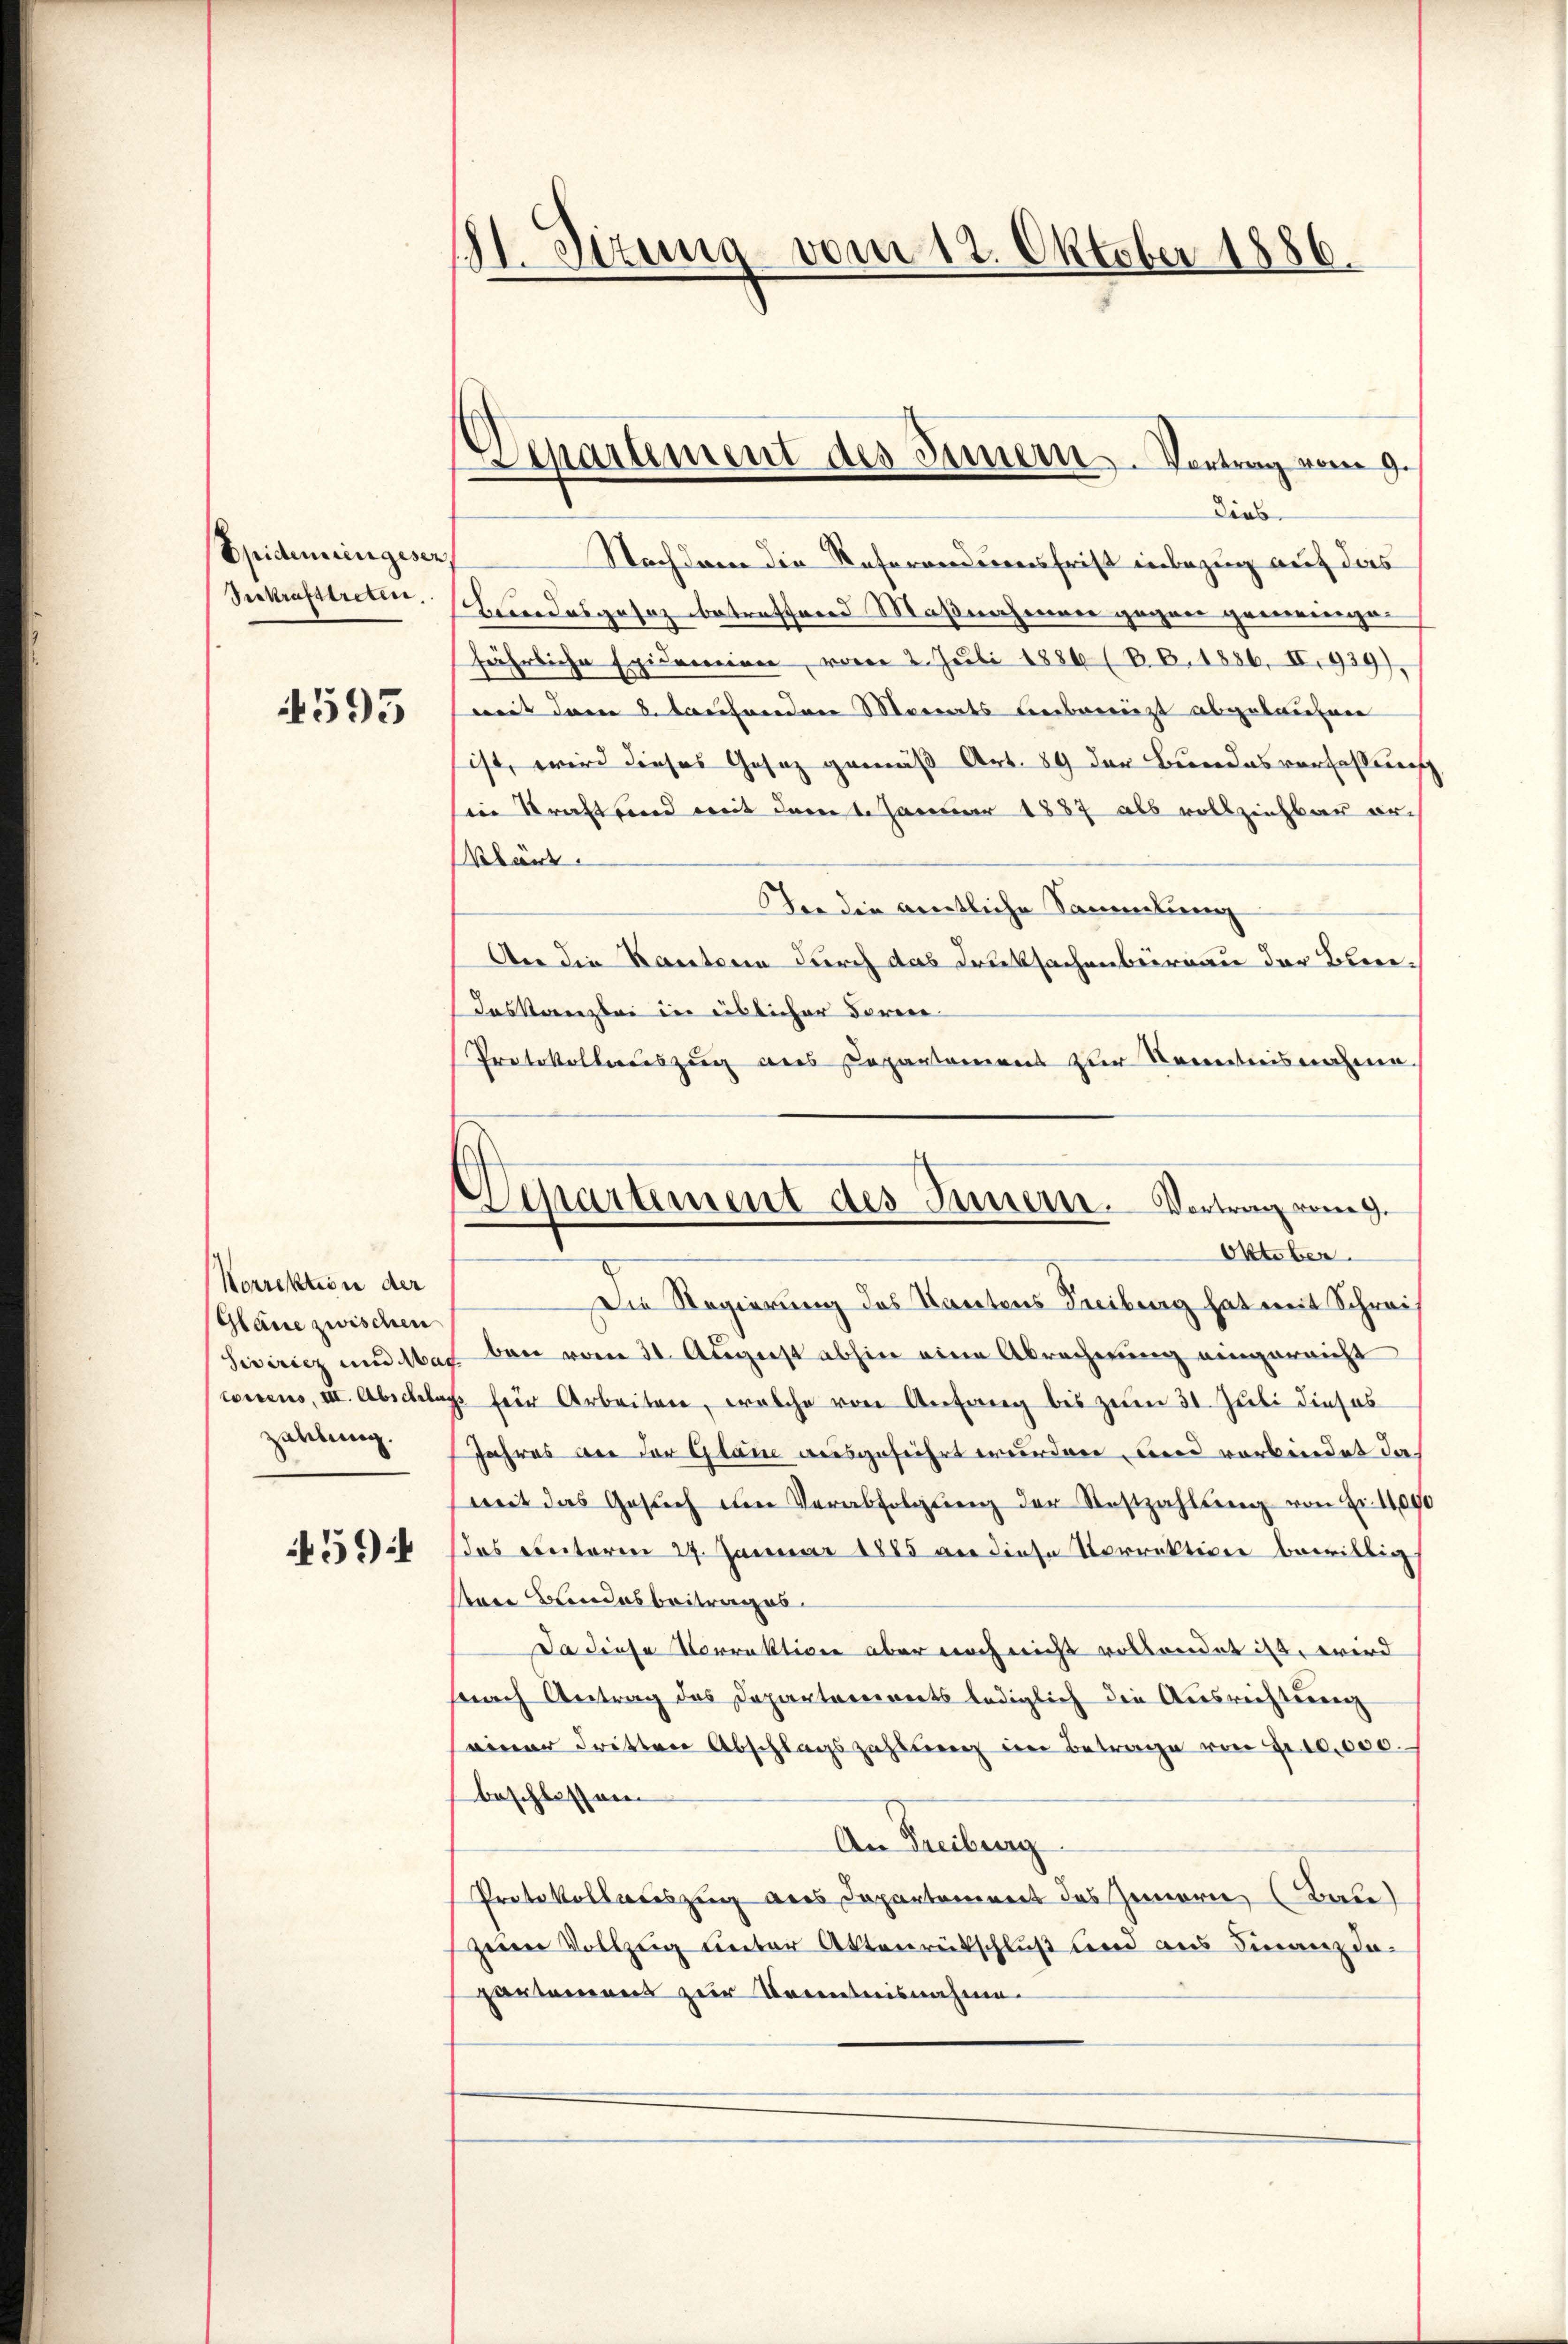
Epidemeingesen,
Seekrafstreten.

4593

Norrektion der
Gläne zwischen
Siviricz und Mar
toirens, III. Abschlag
zahlung.

459

11. Sizung vom 12. Oktober 1886.

Departement des Innern. Vortrag vom 9.
dies

Nachdem die Referanderensfrist inbezug auf das
Beundesgesetz betreffend Maßnahmener gegen gemeinigen
fährliche Epidemeinen, vom 2. Juli 1886 (B.B. 1886, II, 939)
weit den 8. Taufenden Mariats Leibereizt abgebrechnen
sist, wird dieses Gesatz gemäß Art. 89 der Bundesverfassung
in Straftend mit dem 1. Januar 1887 als vollziehbar er-
klärt.
Der die gentliche Sammlung
An die Kantoren durch das Drucksachenbureau der Ober¬
Daskanzlei in eislicher Ferie-
Protokollauszug aus Departamens zur Kenntnisnahme.
Die Regierung des Rautens Freiburg hat mit Schreiben vom 31. August abhin eine Abrechnung eingereicht
p. für Arbeiten, welche von Anfang bis zum 31. Juli dieses
Jahres an der Glane ausgeführt wurden und verbindet das
mit das Gesŭch im Verabfolgŭng der Restzahlŭng von Fr. 11,000
das einterm 27. Januar 1885 an diese Vorrektion bewillig
stare Brandesbeitrages
Da diese Vorrektion aber noch nicht vollendet ist, wird
nach Antrag des Departareinerts lediglich die Ausrichtern
einer dritten Abschlagszahlung im Betrage von Fr. 10,000.
beschlossnen
An Freiburg
Protokollauszug aus Departement das Zimern (Bau)
zum Vollzug unter Aktenrütschluß und aus Finanz dapartamens zur Kenntnisnahme.

¬
Separtement des Innern. Vortrag vom 9.
Oktober.